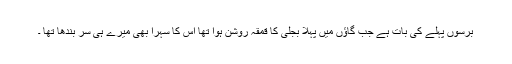
برسوں پہلے کی بات ہے جب گاؤں میں پہلا بجلی کا قمقہ روشن ہوا تھا اس کا سہرا بھی میرے ہی سر بندھا تھا ۔